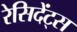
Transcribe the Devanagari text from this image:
रेसिदेंट्स